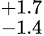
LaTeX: ^{+1.7}_{-1.4}